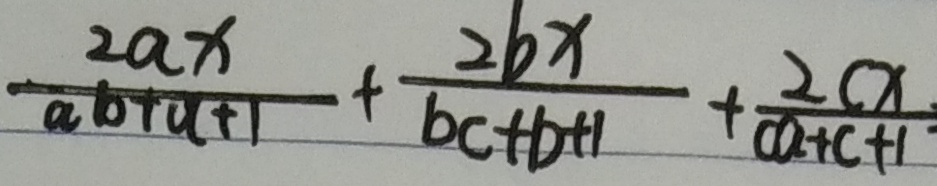
\frac { 2 a x } { a b + a + 1 } + \frac { 2 b x } { b c + b + 1 } + \frac { 2 c x } { c a + c + 1 }